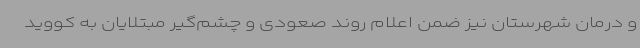
و درمان شهرستان نیز ضمن اعلام روند صعودی و چشم‌گیر مبتلایان به کووید